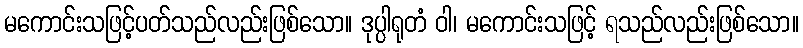
မကောင်းသဖြင့်ပတ်သည်လည်းဖြစ်သော။ ဒုပ္ပါရုတံ ဝါ၊ မကောင်းသဖြင့် ရသည်လည်းဖြစ်သော။